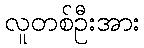
လူတစ်ဦးအား